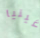
غينيا